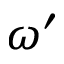
\omega ^ { \prime }